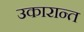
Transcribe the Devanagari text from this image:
उकारान्त